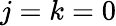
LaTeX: j=k=0